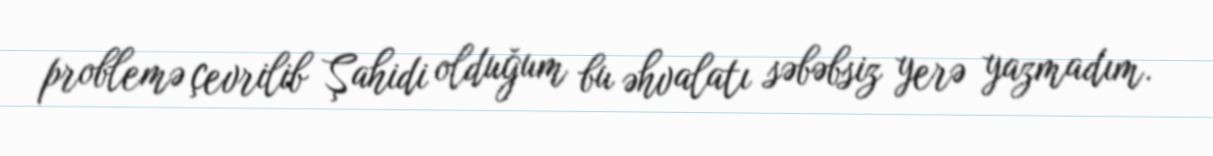
problemə çevrilib Şahidi olduğum bu əhvalatı səbəbsiz yerə yazmadım.